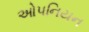
ઓપનિયન